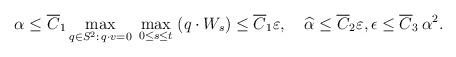
LaTeX: \begin{align*}& \alpha \leq \overline{C}_1 \max_{q\in S^2:\,q\cdot v=0}\;\max_{0\le s\le t}\;(q\cdot W_s)\leq \overline {C}_1\varepsilon,\quad\widehat{\alpha} \leq \overline{C}_2 \varepsilon,\epsilon \leq \overline{C}_3\, \alpha^2.\end{align*}